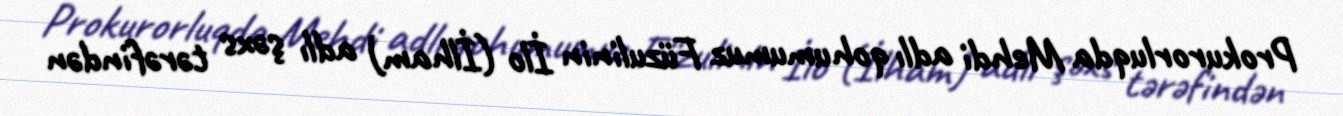
Prokurorluqda Mehdi adlı qohumumuz Füzulinin İlo (İlham) adlı şəxs tərəfindən